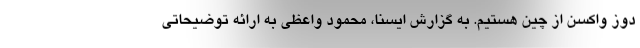
دوز واکسن از چین هستیم. به گزارش ایسنا، محمود واعظی به ارائه توضیحاتی